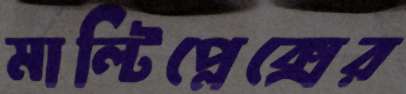
মাল্টিপ্লেক্সের